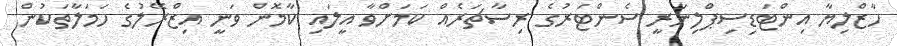
ހާޒްލިޔާ އިންޓަޑިސިޕްލިނަރީ ސެންޓަރުގެ ރިސާޗަރެއް ކަމަށްވާ އީލައި ކާމޮން ވަނީ އިޒްރޭލުގެ ހަމަލާތަކުން